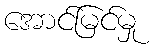
အောင်မြင်မှု